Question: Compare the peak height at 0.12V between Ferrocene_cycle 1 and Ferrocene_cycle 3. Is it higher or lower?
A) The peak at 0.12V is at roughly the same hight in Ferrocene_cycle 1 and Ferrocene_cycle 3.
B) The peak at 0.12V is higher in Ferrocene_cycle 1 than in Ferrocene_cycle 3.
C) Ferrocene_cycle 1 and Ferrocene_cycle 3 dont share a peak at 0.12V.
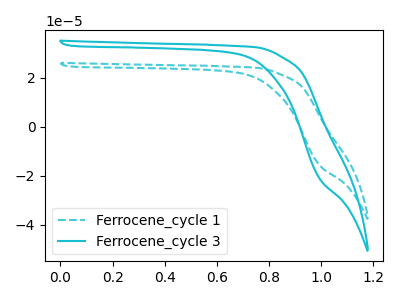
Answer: <think>The cyan dashed curve "Ferrocene_cycle 1" has no peaks. The cyan curve "Ferrocene_cycle 3" has no peaks.</think>
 <answer>C) "Ferrocene_cycle 1" and "Ferrocene_cycle 3" dont share a peak at 0.12V.</answer>
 <eval>C</eval>